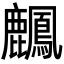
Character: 𪋴